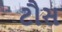
ટૌસ